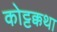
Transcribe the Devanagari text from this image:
कोट्टक्कथा